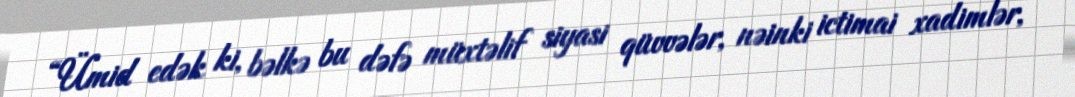
“Ümid edək ki, bəlkə bu dəfə müxtəlif siyasi qüvvələr, nəinki ictimai xadimlər,